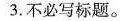
3.不必写标题.